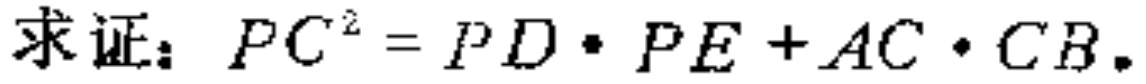
求证：\(PC^{2}=PD\cdot PE + AC\cdot CB\)。